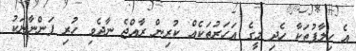
އެ ހިލާފުތަކާ ހެދި މީގެ އަހަރުތަކެއް ކުރިން ރާއްޖެ ނާދެވި ހުރި ފަންނާނަކު